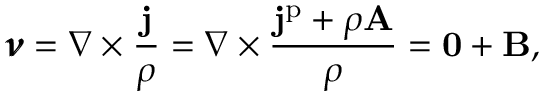
\pmb { \nu } = \nabla \times \frac { \mathbf { j } } { \rho } = \nabla \times \frac { \mathbf { j } ^ { \mathrm { p } } + \rho \mathbf { A } } { \rho } = \mathbf { 0 } + \mathbf { B } ,